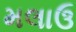
મલાઉ